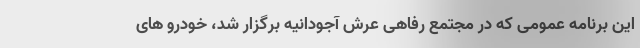
این برنامه عمومی که در مجتمع رفاهی عرش آجودانیه برگزار شد، خودرو های